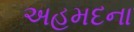
અહમદના